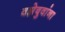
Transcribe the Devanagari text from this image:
वझेबुवांना